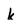
Character: k